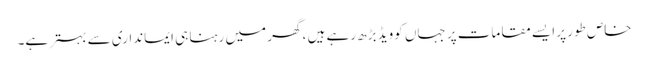
خاص طور پر ایسے مقامات پر جہاں کوویڈ بڑھ رہے ہیں ، گھر میں رہنا ہی ایمانداری سے بہتر ہے۔